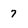
Character: 7